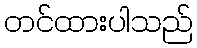
တင်ထားပါသည်